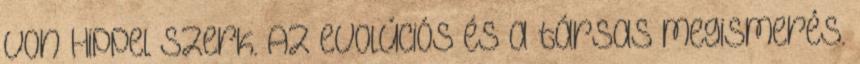
von Hippel szerk. Az evolúciós és a társas megismerés.